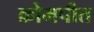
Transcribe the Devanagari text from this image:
क्रोमपीत